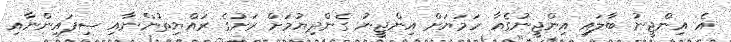
އެ އިންޖީނު ބާލައި އިންޖީނުގެއާ ހަމަޔަށް އިންޖީނު ގެންދިޔުމަށް ރަށުގެ ރައްޔިތުންނާއި ސިފައިންނާއި